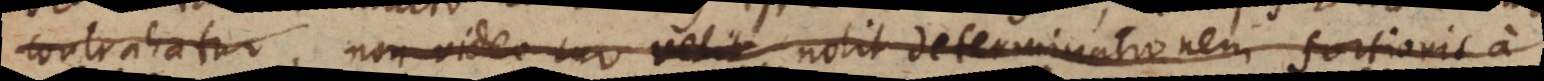
contrahatur, non video cur velit nolit determinationem fortioris a